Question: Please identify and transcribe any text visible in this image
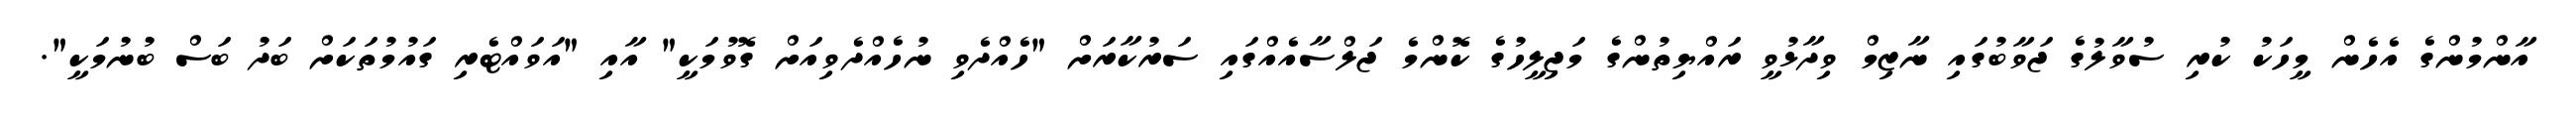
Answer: އާންމުންގެ އެހެން މީހަކު ކުރި ސުވާލުގެ ޖަވާބުގައި ނާޒިމް ވިދާޅުވީ ރައްޔިތުންގެ މަޖިލީހުގެ ކޮންމެ ޖަލްސާއެއްގައި ސަރުކާރަށް "ހެއްދެވި ނުހެއްދެވިއަށް ގޮވުމަކީ" އާއި "އަވައްޓެރި ގައުމުތަކަށް ބަދު ބަސް ބުނުމަކީ".